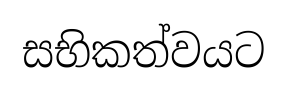
සභිකත්වයට